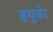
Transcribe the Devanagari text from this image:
हृयुबेर